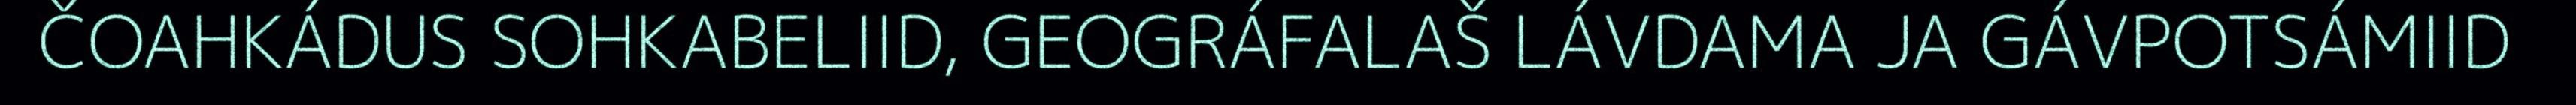
ČOAHKÁDUS SOHKABELIID, GEOGRÁFALAŠ LÁVDAMA JA GÁVPOTSÁMIID